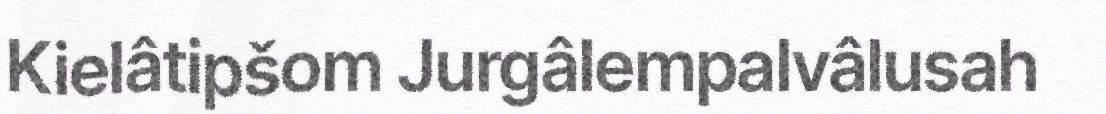
Kielâtipšom Jurgâlempalvâlusah